画像に写った文字を読んでください
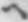
「ヘ」と書いてあります